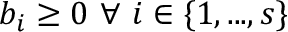
b _ { i } \geq 0 \mathrm { ~ } \forall \mathrm { ~ } i \in \{ 1 , . . . , s \}